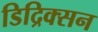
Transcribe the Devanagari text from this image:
डिद्रिक्सन